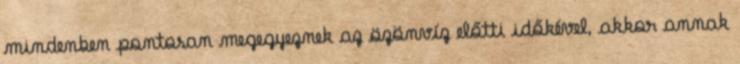
mindenben pontosan megegyeznek az özönvíz előtti időkével, akkor annak